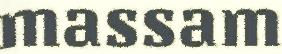
massam